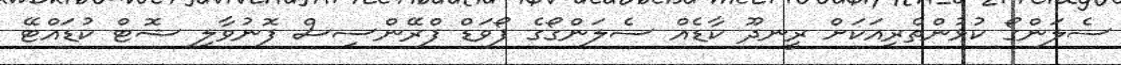
ސެލަންގޯ ކުޅުންތެރިއަކަށް ރީނދޫ ކާޑެއް ސެލަންގޯގެ ފޯވަޑް ފްރޭންސިސް ފޮނުވާލި ޝޮޓް ކުޑައްޓޭ